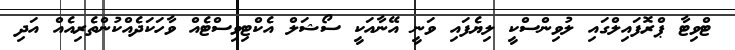
ޓްވިޓާ ޕްރޮފައިލްގައި ލުވިންސްކީ ލިޔެފައި ވަނީ އޭނާއަކީ ސޯޝަލް އެކްޓިވިސްޓެއް ވާހަކަދެއްކުންތެރިއެއް އަދި